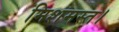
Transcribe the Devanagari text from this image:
मिशमस्त।